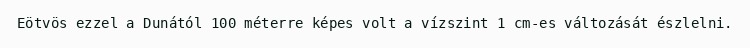
Eötvös ezzel a Dunától 100 méterre képes volt a vízszint 1 cm-es változását észlelni.